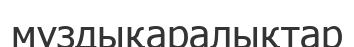
мұздықаралықтар